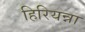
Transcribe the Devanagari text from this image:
हिरियन्ना